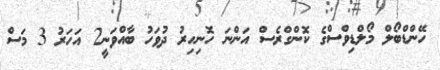
ހޭންޑްބޯލް މޯލްޑިވްސްގެ ކޮންގްރެސް އަންނަ ހޮނިހިރު ދުވަހު ބާއްވަނީ2 އަހަރު 3 މަސް